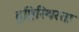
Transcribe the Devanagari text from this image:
दृष्टिस्थिरता